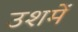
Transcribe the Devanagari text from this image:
उशमें